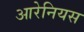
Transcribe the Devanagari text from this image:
आरेनियस